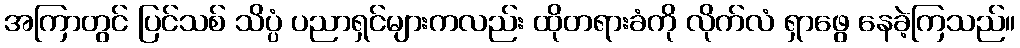
အကြာတွင် ပြင်သစ် သိပ္ပံ ပညာရှင်များကလည်း ထိုတရားခံကို လိုက်လံ ရှာဖွေ နေခဲ့ကြသည်။